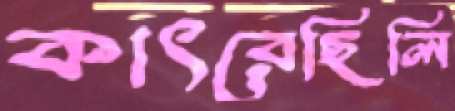
কাৎরেছিলি